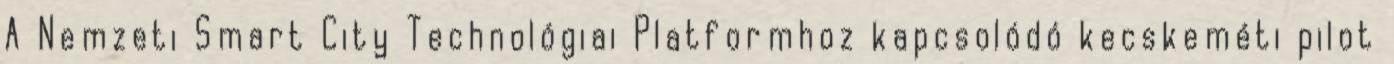
A Nemzeti Smart City Technológiai Platformhoz kapcsolódó kecskeméti pilot